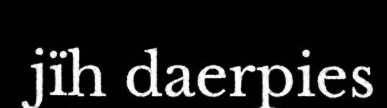
jïh daerpies